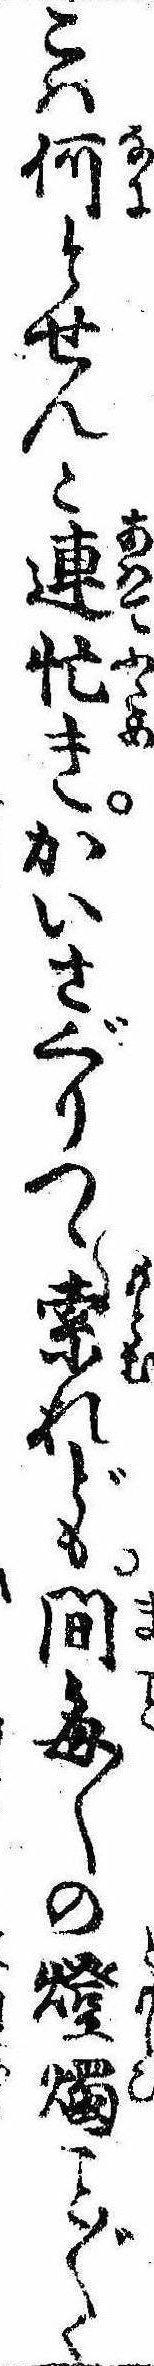
こは何とせんと連忙きかいさぐりつゝ索れども間毎〱の灯燭〲く